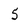
Character: 5